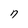
Character: n